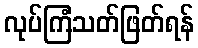
လုပ်ကြံသတ်ဖြတ်ရန်